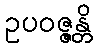
ဥပဝဇ္ဇန္တိ